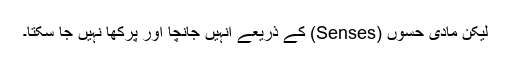
لیکن مادی حسوں (Senses) کے ذریعے انہیں جانچا اور پرکھا نہیں جا سکتا۔